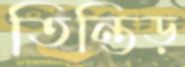
তিন্তিড়